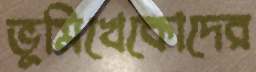
ভূমিখেকোদের